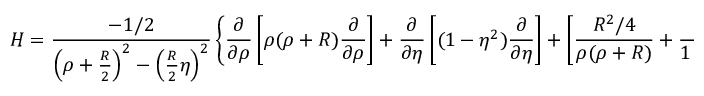
H = \frac { - 1 / 2 } { \left( \rho + \frac { R } { 2 } \right) ^ { 2 } - \left( \frac { R } { 2 } \eta \right) ^ { 2 } } \left\{ \frac { \partial } { \partial \rho } \left[ \rho ( \rho + R ) \frac { \partial } { \partial \rho } \right] + \frac { \partial } { \partial \eta } \left[ ( 1 - \eta ^ { 2 } ) \frac { \partial } { \partial \eta } \right] + \left[ \frac { R ^ { 2 } / 4 } { \rho ( \rho + R ) } + \frac { 1 } { 1 - \eta ^ { 2 } } \right] \frac { \partial ^ { 2 } } { \partial \phi ^ { 2 } } + 2 ( 2 \rho + R ) \right\} ,